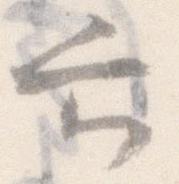
六